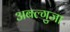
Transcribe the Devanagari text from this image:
अबल्गुजा